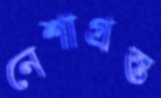
নেশাগ্রস্ত